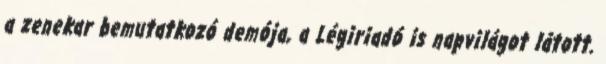
a zenekar bemutatkozó demója, a Légiriadó is napvilágot látott.